Report of the Indian Hemp Drugs Commission, 1894-1895 - Volume VII
Year: 1894
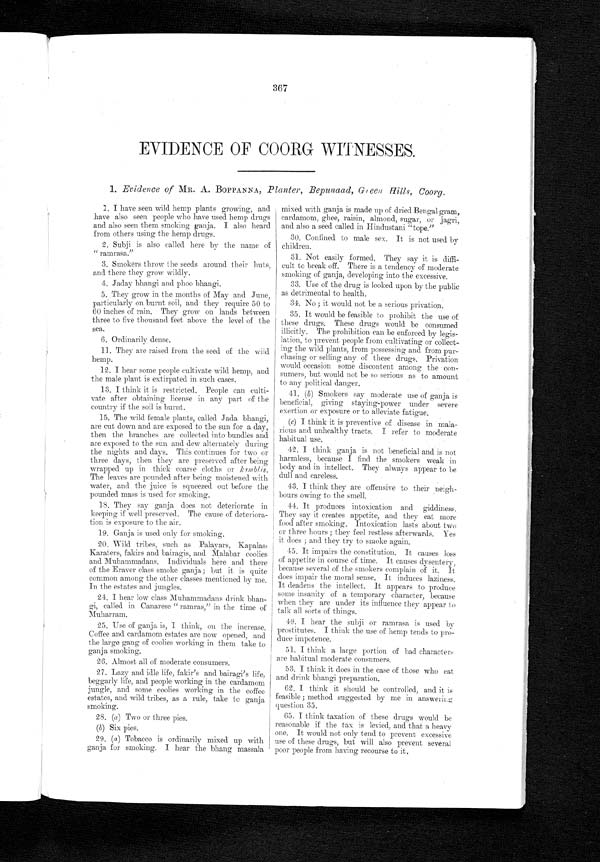
EVIDENCE OF COORG WITNESSES.
1. Evidence of MR. A. BOPPANNA, Planter, Bepunaad, Green Hills, Coorg.
1. I have seen wild hemp plants growing, and
.have also seen people who have used hemp drugs
and also seen them smoking ganja. I also heard
from others using the hemp drugs.
2. Subji is also called here by the name of
" ramrasa."
3. Smokers throw the seeds around their huts,
and there they grow wildly.
4. Jaday bhangi and phoo bhangi.
5. They grow in the months of May and June,
particularly on burnt soil, and they require 50 to
60 inches of rain. They grow on lands between
three to five thousand feet above the level of the
sea.
6.Ordinarily dense.
11. They are raised from the seed of the wild
hemp.
12.I hear some people cultivate wild hemp, and
the male plant is extirpated in such cases.
13.I think it is restricted. People can culti-
vate after obtaining license in any part of the
country if the soil is burnt.
15. The wild female plants, called Jada bhangi,
are cut down and are exposed to the sun for a day,
then the branches are collected into bundles and
are exposed to the sun and dew alternately during
the nights and days. This continues for two or
three days, then they are preserved after being
wrapped up in thick coarse cloths or kamblis.
The leaves are pounded after being moistened with
water, and the juice is squeezed out before the
pounded mass is used for smoking.
18. They say ganja does not deteriorate in
keeping if well preserved. The cause of deteriora-
tion is exposure to the air.
19.Ganja is used only for smoking.
20. Wild tribes, such as Palayars, Kapalas,
Karaters, fakirs and bairagis, and Malabar coolies
and Muhammadans. Individuals here and there
of the Eraver class smoke ganja; but it is quite
common among the other classes mentioned by me.
In the estates and jungles.
24. I hear low class Muhammadans drink bhan-
g i , c a l l e d i n C a n a r e s e " r a m r a s , " i n t h e t i m e o f
Muharram.
25. Use of ganja is, I think, on the increase.
Coffee and cardamom estates are now opened, and
the large gang coolies working in them take to
ganja smoking.
26.Almost all of moderate consumers.
27. Lazy and idle life, fakir's and bairagi's life,
beggarly life, and people working in the cardamom
jungle, and some coolies working in the coffee
estates, and wild tribes, as a rule, take to ganja
smoking.
28. (a) Two or three pies.
(b) Six pies.
29. (a) Tobacco is ordinarily mixed up with
ganja for smoking. I hear the bhang massala
mixed with ganja is made up of dried Bengal gram,
cardamom, ghee, raisin, almond, sugar, or jagri,
and also a seed called in Hindustani "tope."
30.Confined to male sex. It is not used by
children.
31.Not easily formed. They say it is diffi-
cult to break off. There is a tendency of moderate
smoking of ganja, developing into the excessive.
33.Use of the drug is looked upon by the public
as detrimental to health.
34.No ; it would not be a serious privation.
35.It would be feasible to prohibit the use of
these drugs. These drugs would be consumed
illicitly. The prohibition can be enforced by legis-
lation, to prevent people from cultivating or collect-
ing the wild plants, from possessing and from pur-
chasing or selling any of these drugs. Privation
would occasion some discontent among the con-
sumers, but would not be so serious as to amount
to any political danger.
41. (b) Smokers say moderate use of ganja is
beneficial, giving staying-power under severe
exertion or exposure or to alleviate fatigue.
(c) I think it is preventive of disease in mala-
rious and unhealthy tracts. I refer to moderate
habitual use.
42.I think ganja is not beneficial and is not
harmless, because I find the smokers weak in
body and in intellect. They always appear to be
dull and careless.
43.I think they are offensive to their neigh-
bours owing to the smell.
44.
It produces intoxication and giddiness.
They say it creates appetite, and they eat more
food after smoking. Intoxication lasts about two
or three hours ; they feel restless afterwards. Yes
it does ; and they try to smoke again.
45. It impairs the constitution. It causes loss
of appetite in course of time. It causes dysentery,
because several of the smokers complain of it. It
does impair the moral sense. It induces laziness.
It deadens the intellect. It appears to produce
some insanity of a temporary character, because
when they are under its influence they appear to
talk all sorts of things.
49. I hear the subji or ramrasa is used by
prostitutes. I think the use of hemp tends to pro-
duce impotence.
51. I think a large portion of bad characters
are habitual moderate consumers.
53. I think it does in the case of those who eat
and drink bhangi preparation.
62. I think it should be controlled, and it is
feasible ; method suggested by me in answering
question 35.
65. I think taxation of these drugs would be
reasonable if the tax is levied, and that a heavy
one. It would not only tend to prevent excessive
use of these drugs, but will also prevent several
poor people from having recourse to it.